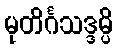
မုတိင်္ဂသဒ္ဒမ္ပိ